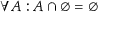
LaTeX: \forall A : A \cap \varnothing = \varnothing